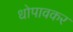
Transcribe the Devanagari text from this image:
धोपावकर